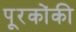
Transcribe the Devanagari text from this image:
पूरकोंकी